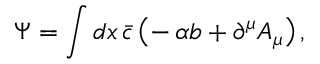
\Psi = \int d x \, \bar { c } \, \bigl ( - \, \alpha b + \partial ^ { \mu } A _ { \mu } \bigr ) \, ,